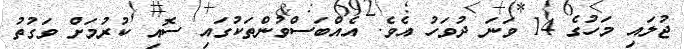
ޖުލައި މަހުގެ 14 ވަނަ ދުވަހު އެވެ. އެއްބަސްވުންތަކުގައި ސޮއި ކުރުމަށް ވަގުތު